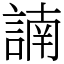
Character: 諵